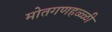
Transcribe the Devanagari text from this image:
मोतगणहळ्ळी